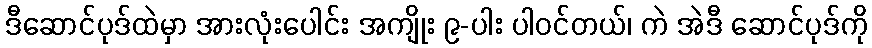
ဒီဆောင်ပုဒ်ထဲမှာ အားလုံးပေါင်း အကျိုး ၉-ပါး ပါဝင်တယ်၊ ကဲ အဲဒီ ဆောင်ပုဒ်ကို